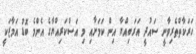
ހަރަކާތްތެރިވާނީ ސައުދީ އަރަބިއްޔާ އިން ކަމަށާއި މި އަސްކަރިއްޔާގެ އެންމެ ބޮޑު އަމާޒަކީ